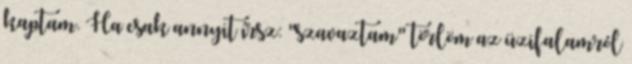
kaptam. Ha csak annyit írsz: "szavaztam" törlöm az üzifalamról